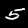
Label: 5